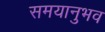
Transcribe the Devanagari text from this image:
समयानुभव